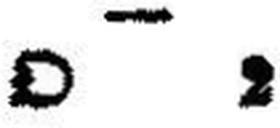
O 2